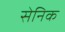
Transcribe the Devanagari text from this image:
सेनिक